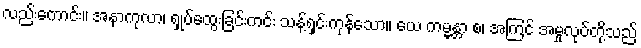
လည်းကောင်း။ အနာကုလာ၊ ရှုပ်ထွေးခြင်းကင်း သန့်ရှင်းကုန်သော။ ယေ ကမ္မန္တာ စ၊ အကြင် အမှုလုပ်တို့သည်